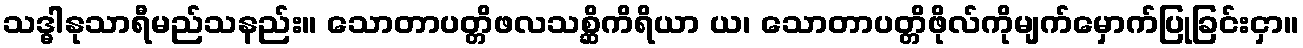
သဒ္ဓါနုသာရီမည်သနည်း။ သောတာပတ္တိဖလသစ္ဆိကိရိယာ ယ၊ သောတာပတ္တိဖိုလ်ကိုမျက်မှောက်ပြုခြင်းငှာ။